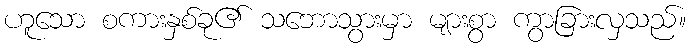
ဟူသော စကားနှစ်ခု၏ သဘောသွားမှာ များစွာ ကွာခြားလှသည်။